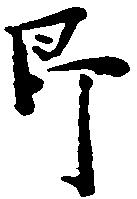
即